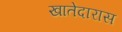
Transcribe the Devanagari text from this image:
खातेदारास